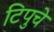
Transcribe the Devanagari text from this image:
टिपुचे